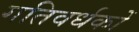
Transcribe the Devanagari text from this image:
गतिवर्धकों